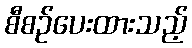
စီစဉ်ပေးထားသည့်